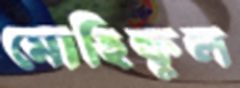
মোহিফুল